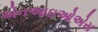
એનઆઇઓએસ